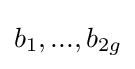
b_{1},...,b_{2g}